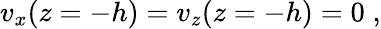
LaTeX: \begin{array}{r}{v_{x}(z=-h)=v_{z}(z=-h)=0\; ,}\end{array}